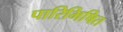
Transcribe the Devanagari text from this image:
पारिभिषित